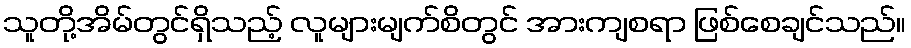
သူတို့အိမ်တွင်ရှိသည့် လူများမျက်စိတွင် အားကျစရာ ဖြစ်စေချင်သည်။